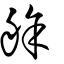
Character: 艅